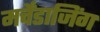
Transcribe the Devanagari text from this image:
मर्चेंडाजिंग